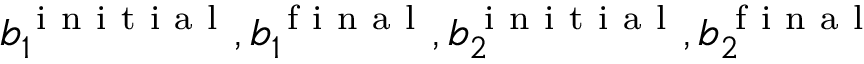
b _ { 1 } ^ { \mathrm { ~ i ~ n ~ i ~ t ~ i ~ a ~ l ~ } } , b _ { 1 } ^ { \mathrm { ~ f ~ i ~ n ~ a ~ l ~ } } , b _ { 2 } ^ { \mathrm { ~ i ~ n ~ i ~ t ~ i ~ a ~ l ~ } } , b _ { 2 } ^ { \mathrm { ~ f ~ i ~ n ~ a ~ l ~ } }